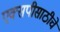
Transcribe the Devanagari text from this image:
एक्सपीसाठीचे